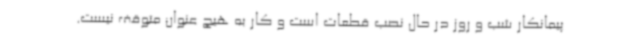
پیمانکار شب و روز در حال نصب قطعات است و کار به هیچ عنوان متوقف نیست.